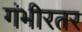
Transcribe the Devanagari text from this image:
गंभीरतर